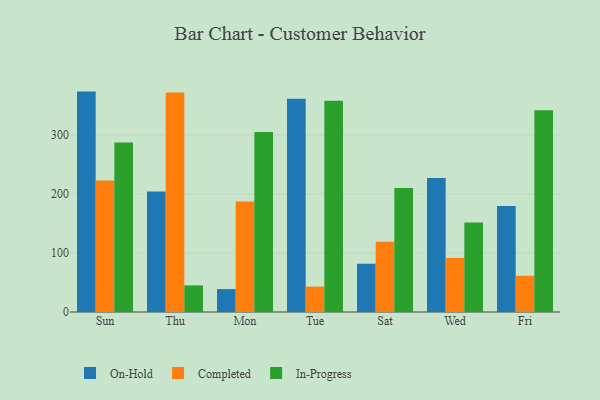
{"axis": {"x": "Day", "y": "Page Views"}, "legend": ["Completed", "In-Progress", "On-Hold"], "data": [{"x": "Sun", "y": 373.5, "type": "On-Hold"}, {"x": "Sun", "y": 222.9, "type": "Completed"}, {"x": "Sun", "y": 287.2, "type": "In-Progress"}, {"x": "Thu", "y": 204.3, "type": "On-Hold"}, {"x": "Thu", "y": 371.9, "type": "Completed"}, {"x": "Thu", "y": 45.1, "type": "In-Progress"}, {"x": "Mon", "y": 38.8, "type": "On-Hold"}, {"x": "Mon", "y": 187.4, "type": "Completed"}, {"x": "Mon", "y": 305.0, "type": "In-Progress"}, {"x": "Tue", "y": 361.3, "type": "On-Hold"}, {"x": "Tue", "y": 43.0, "type": "Completed"}, {"x": "Tue", "y": 358.0, "type": "In-Progress"}, {"x": "Sat", "y": 81.8, "type": "On-Hold"}, {"x": "Sat", "y": 119.0, "type": "Completed"}, {"x": "Sat", "y": 210.3, "type": "In-Progress"}, {"x": "Wed", "y": 226.9, "type": "On-Hold"}, {"x": "Wed", "y": 91.6, "type": "Completed"}, {"x": "Wed", "y": 151.6, "type": "In-Progress"}, {"x": "Fri", "y": 179.6, "type": "On-Hold"}, {"x": "Fri", "y": 61.4, "type": "Completed"}, {"x": "Fri", "y": 341.8, "type": "In-Progress"}]}